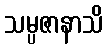
သမ္ပဇာနာသိ